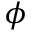
\phi